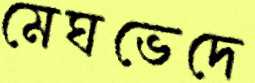
মেঘভেদে